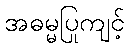
အဓမ္မပြုကျင့်